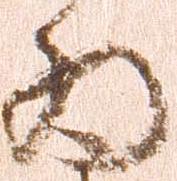
為